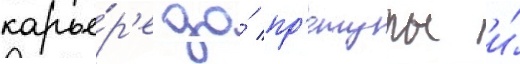
карье́р'е до́ пр'етуры и́